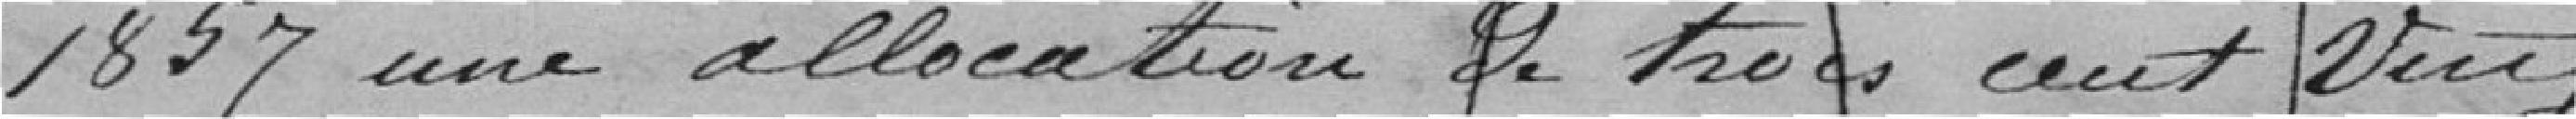
1857 une allocation de trois cent vingt francs pour